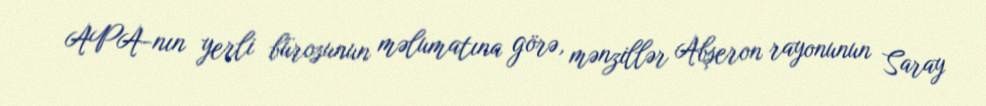
APA-nın yerli bürosunun məlumatına görə, mənzillər Abşeron rayonunun Saray